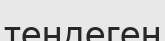
теңдеген